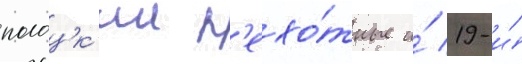
полоцк'ии п'ехо́тные и́ 19-и́